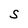
Character: S